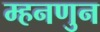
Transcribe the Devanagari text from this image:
म्हनणुन